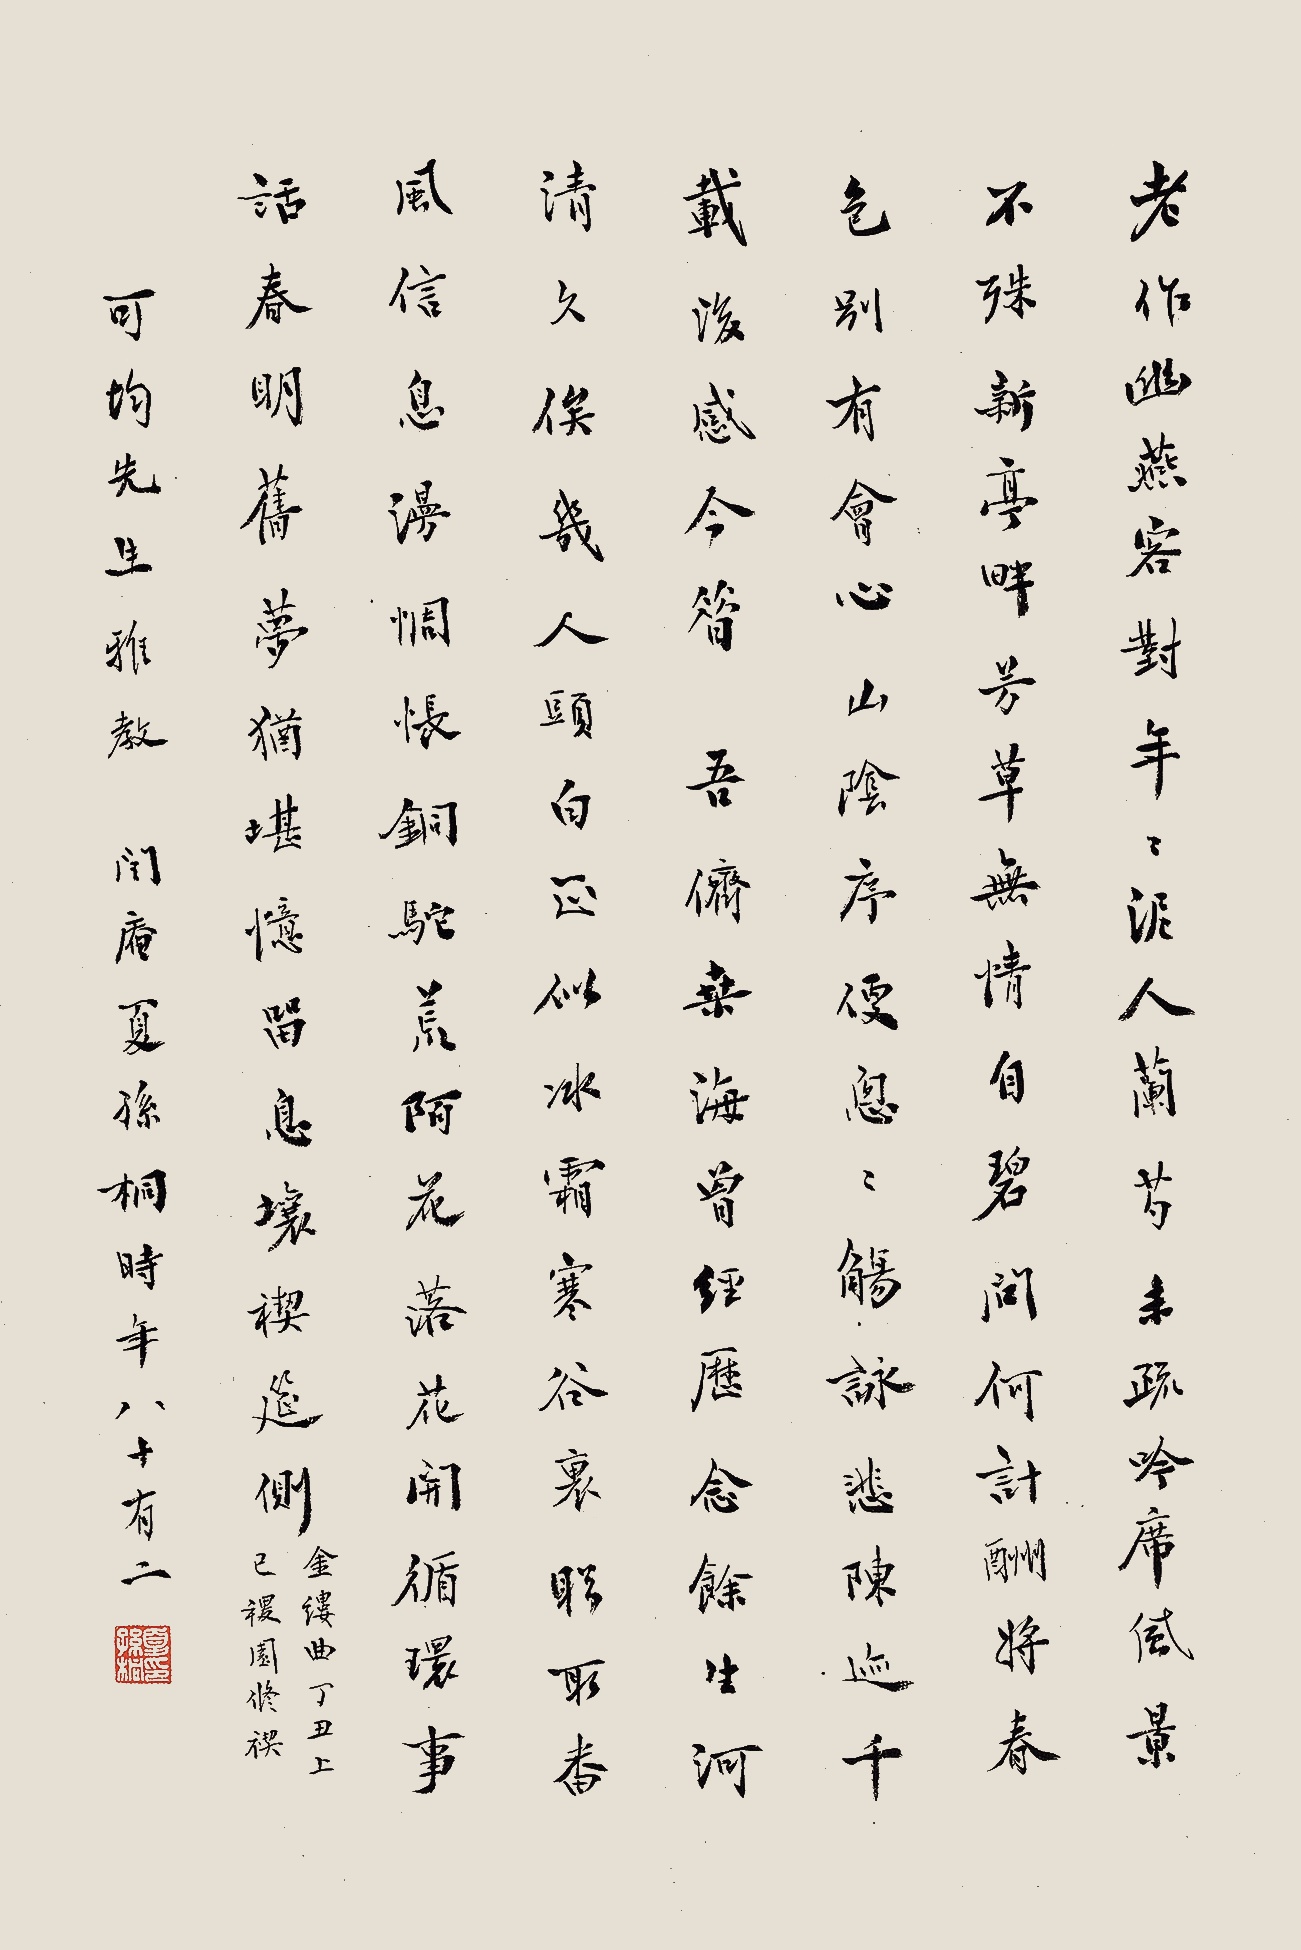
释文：老作幽燕客。对年年、泥人兰芍，未疏吟席。风景不殊新亭畔，芳草无情自碧。问何计、酬将春色。别有会心山阴序，便匆匆觞咏悲陈迹。千载后，感今昔。吾侪桑海曾经历。念余生、河清久俟，几人头白。正似冰霜寒谷里，听取番风信息。漫惆怅、铜驼荒陌。花落花开循环事，话春明旧梦犹堪忆。留息壤，禊筵侧。《金缕曲》。丁丑上巳，稷园修禊。可均先生雅教，闰庵夏孙桐时年八十有二。